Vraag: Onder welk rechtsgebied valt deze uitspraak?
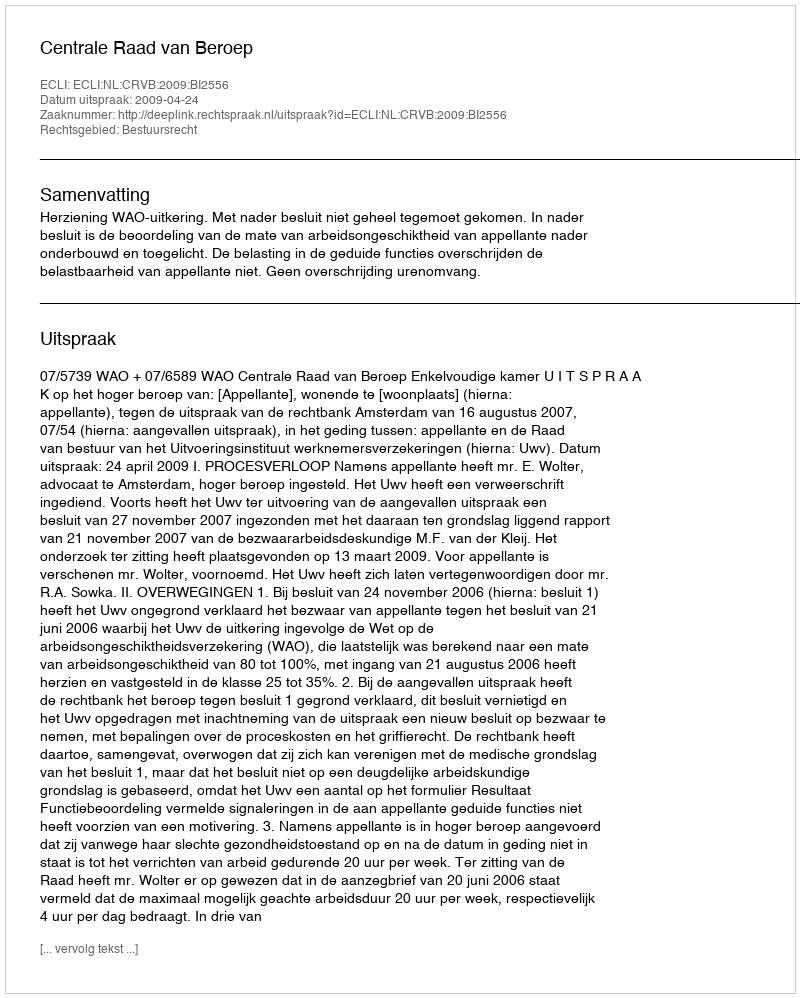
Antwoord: Bestuursrecht